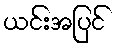
ယင်းအပြင်